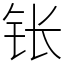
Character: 𬬮